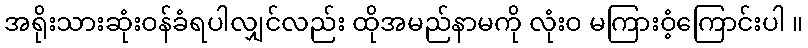
အရိုးသားဆုံးဝန်ခံရပါလျှင်လည်း ထိုအမည်နာမကို လုံးဝ မကြားဝံ့ကြောင်းပါ ။